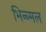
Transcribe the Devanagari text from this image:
भिन्न्मल